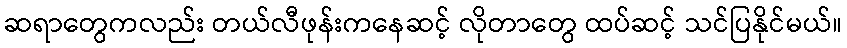
ဆရာတွေကလည်း တယ်လီဖုန်းကနေဆင့် လိုတာတွေ ထပ်ဆင့် သင်ပြနိုင်မယ်။